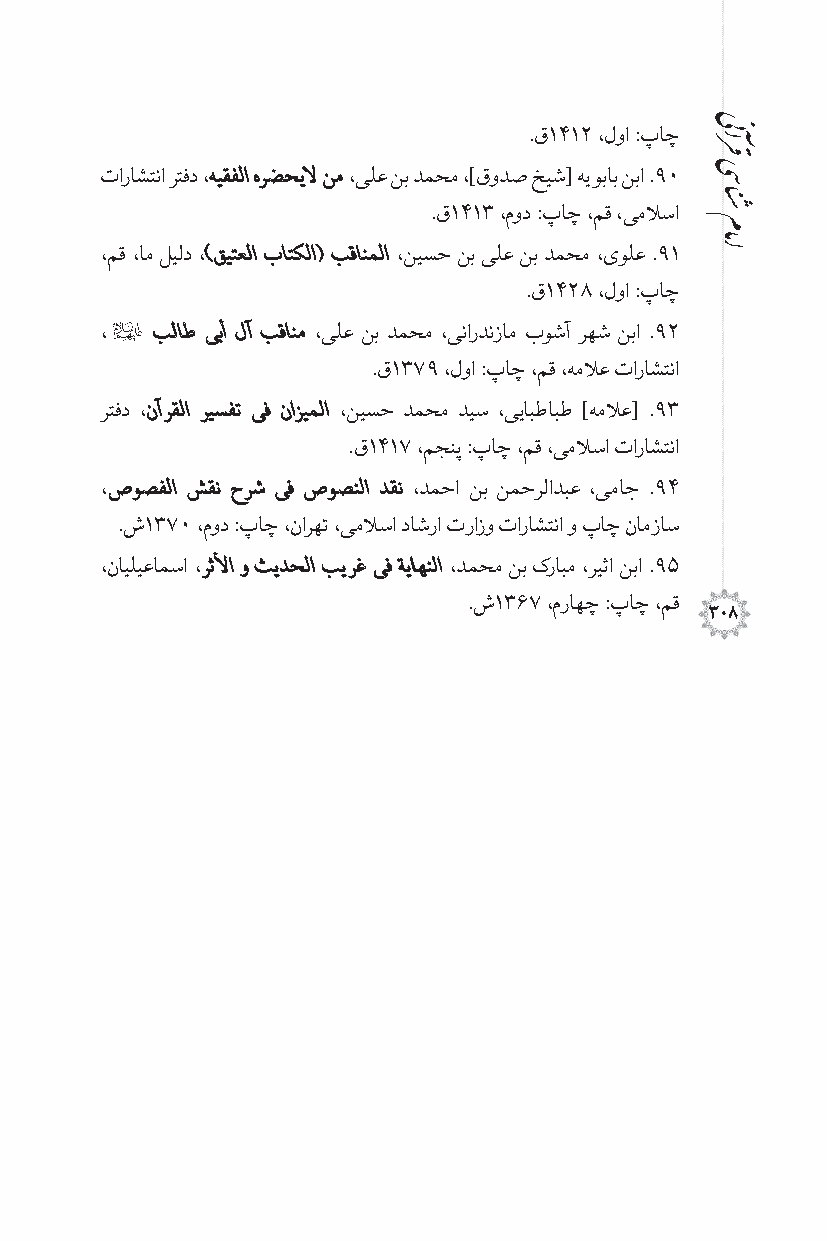
.ق1412 ،لوا :پاچ
 تاراشتنا رتفد ،هیقفلا هرضحیلا نم ،یلع نب دمحم ،]قودص خیش[ هیوباب نبا .90
 .ق1413 ،مود :پاچ ،مق ،یملسا
 ،مق ،ام لیلد ،)قیتعلا باتکلا( بقانملا ،نیسح نب یلع نب دمحم ،ىولع .91
 .ق1428 ،لوا :پاچ
 3
 ،  بلاط ىبأ لآ بقانم ،یلع نب دمحم ،یناردنزام بوشآ رهش نبا .92
 .ق1379 ،لوا :پاچ ،مق ،هملع تاراشتنا
 رتفد ،نآرقلا ریسفت ىف نازیملا ،نیسح دمحم دیس ،ییابطابط ]هملع[ .93
 .ق1417 ،مجنپ :پاچ ،مق ،یملسا تاراشتنا
 ،صوصفلا شقن حرش ىف صوصنلا دقن ،دمحا نب نمحرلادبع ،یماج .94
 .ش1370 ،مود :پاچ ،نارهت ،یملسا داشرا ترازو تاراشتنا و پاچ نامزاس
 ،نایلیعامسا ،رثلأا و ثیدحلا بیرغ ىف ةیاهنلا ،دمحم نب کرابم ،ریثا نبا .95
 .ش1367 ،مراهچ :پاچ ،مق
 308